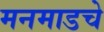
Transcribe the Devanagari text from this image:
मनमाडचे